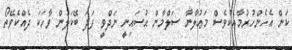
ކަން އެހެންހުރުމާއެކުވެސް މަޢުލާނާ ސަލްމާން ޙުސައިނީ ނަދްވީ ފަދަ ބޭކަލުން ވާހަކަ ދެއްކެވޭތޯ